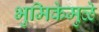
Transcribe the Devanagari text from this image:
भुमिकेमुळे